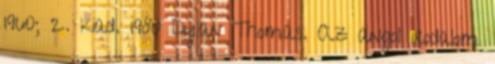
1960; 2. kiad. 1980 Dylan Thomas. Az angol irodalom